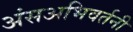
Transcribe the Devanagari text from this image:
अंसअभिवर्तनी